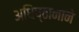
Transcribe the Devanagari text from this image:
अधिष्ठानाने